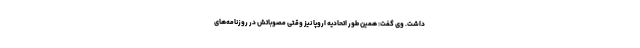
داشت. وی گفت: همین طور اتحادیه اروپا نیز وقتی مصوباتش در روزنامه‌های